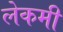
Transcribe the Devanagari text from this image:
लेकमी